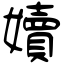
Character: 嬻